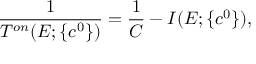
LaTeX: \displaystyle \frac 1 { T ^ { o n } ( E ; \{ c ^ { 0 } \} ) } = \displaystyle \frac 1 C - I ( E ; \{ c ^ { 0 } \} ) ,